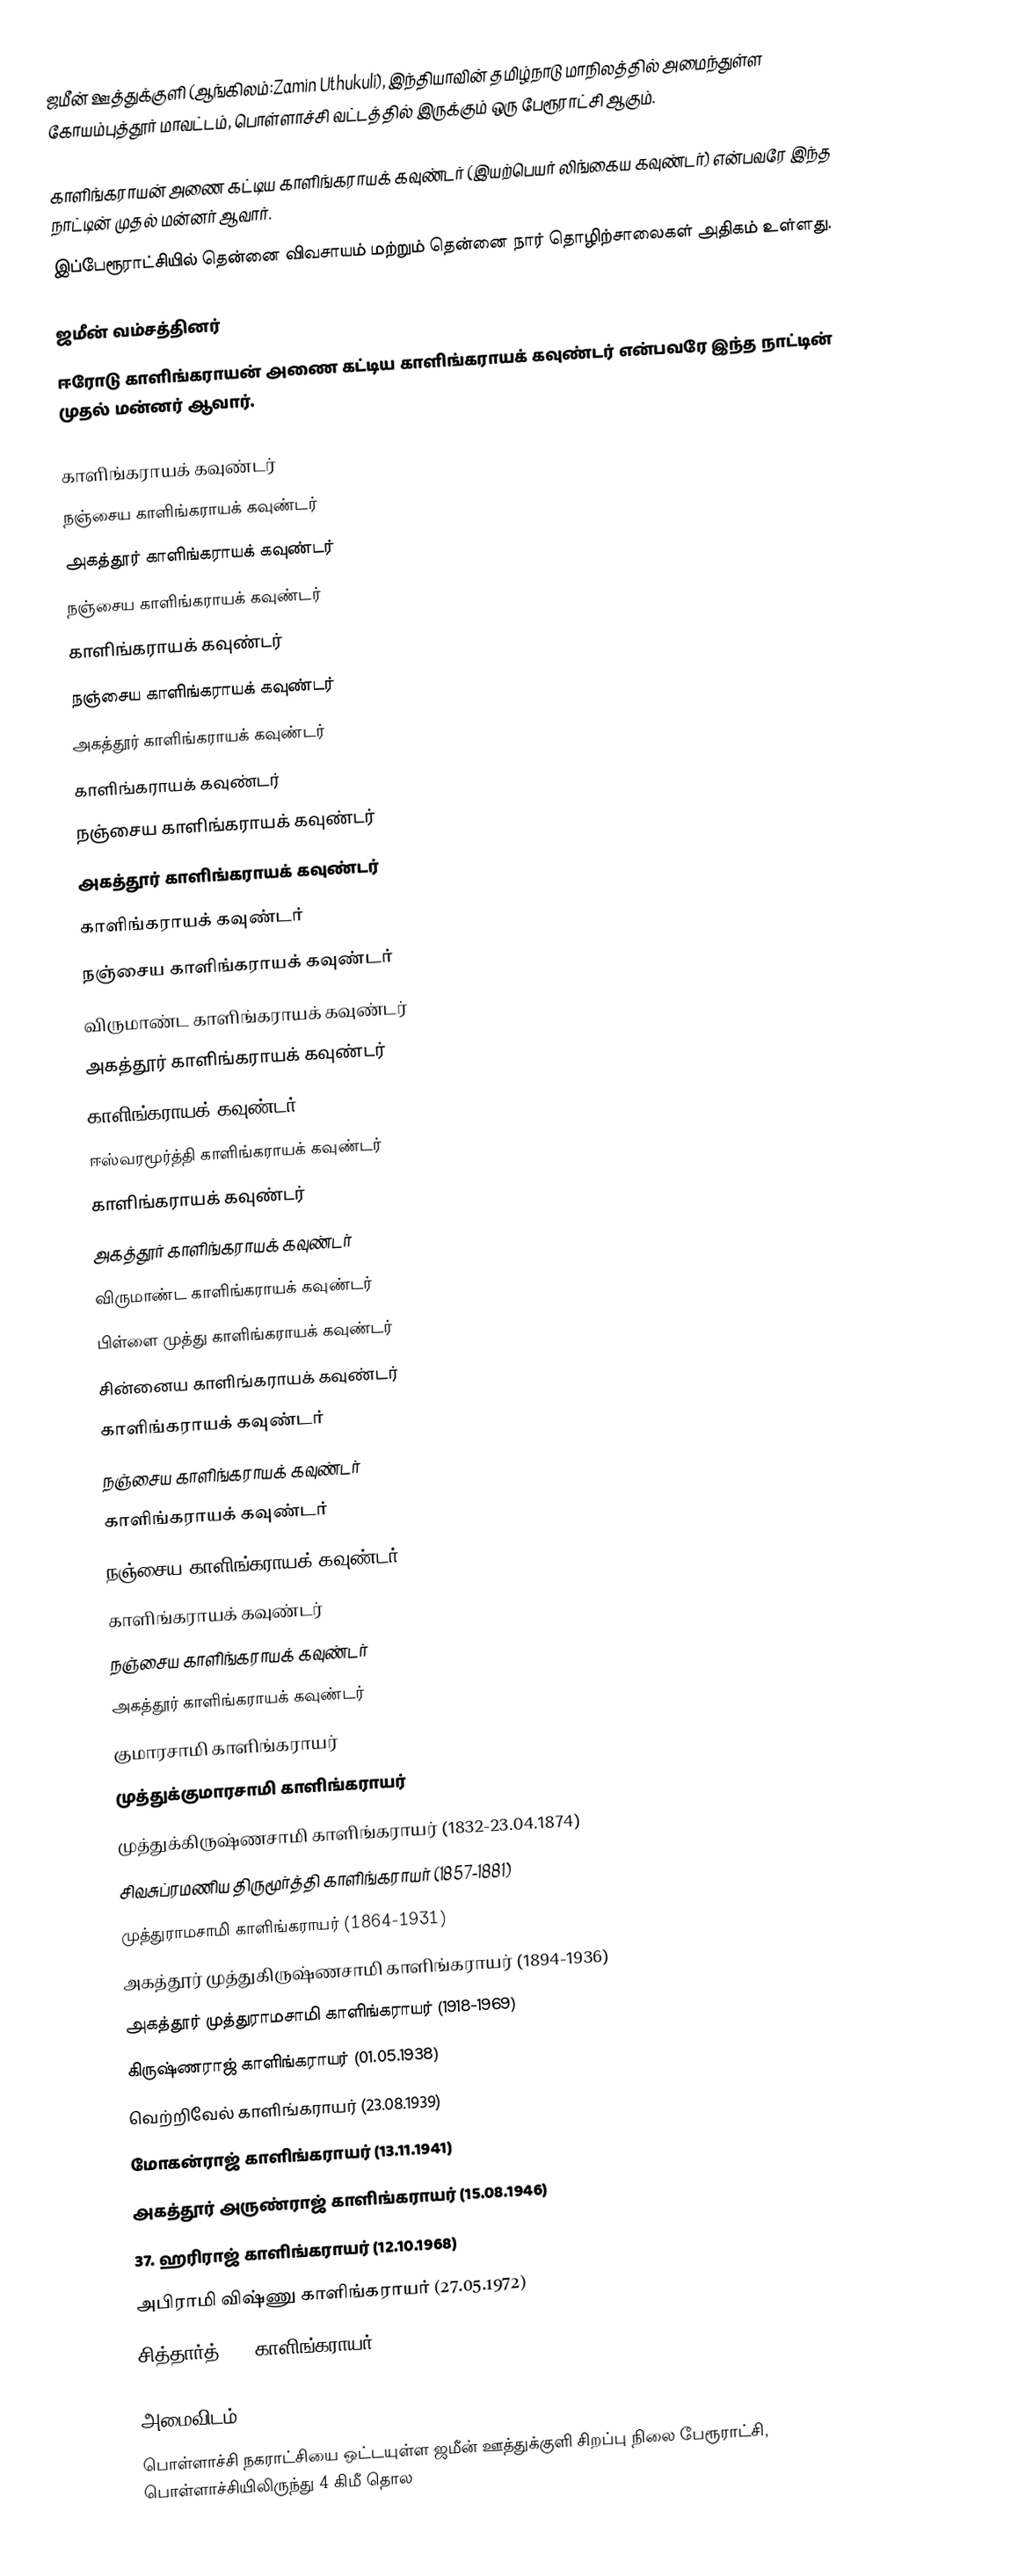
ஜமீன் ஊத்துக்குளி (ஆங்கிலம்:Zamin Uthukuli), இந்தியாவின் தமிழ்நாடு மாநிலத்தில் அமைந்துள்ள கோயம்புத்தூர் மாவட்டம், பொள்ளாச்சி வட்டத்தில் இருக்கும் ஒரு பேரூராட்சி ஆகும்.

காளிங்கராயன் அணை கட்டிய காளிங்கராயக் கவுண்டர் (இயற்பெயர் லிங்கைய கவுண்டர்) என்பவரே இந்த நாட்டின் முதல் மன்னர் ஆவார்.
இப்பேரூராட்சியில் தென்னை  விவசாயம் மற்றும் தென்னை நார் தொழிற்சாலைகள் அதிகம் உள்ளது.

ஜமீன் வம்சத்தினர்
ஈரோடு காளிங்கராயன் அணை கட்டிய காளிங்கராயக் கவுண்டர் என்பவரே இந்த நாட்டின் முதல் மன்னர் ஆவார்.

 காளிங்கராயக் கவுண்டர்
 நஞ்சைய காளிங்கராயக் கவுண்டர்
 அகத்தூர் காளிங்கராயக் கவுண்டர்
 நஞ்சைய காளிங்கராயக் கவுண்டர்
 காளிங்கராயக் கவுண்டர்
 நஞ்சைய காளிங்கராயக் கவுண்டர்
 அகத்தூர் காளிங்கராயக் கவுண்டர்
 காளிங்கராயக் கவுண்டர்
 நஞ்சைய  காளிங்கராயக் கவுண்டர்
 அகத்தூர் காளிங்கராயக் கவுண்டர்
 காளிங்கராயக் கவுண்டர்
 நஞ்சைய காளிங்கராயக் கவுண்டர்
 விருமாண்ட காளிங்கராயக் கவுண்டர்
 அகத்தூர் காளிங்கராயக் கவுண்டர்
 காளிங்கராயக் கவுண்டர்
 ஈஸ்வரமூர்த்தி காளிங்கராயக் கவுண்டர்
 காளிங்கராயக் கவுண்டர்
 அகத்தூர் காளிங்கராயக் கவுண்டர்
 விருமாண்ட காளிங்கராயக் கவுண்டர்
 பிள்ளை முத்து காளிங்கராயக் கவுண்டர்
 சின்னைய காளிங்கராயக் கவுண்டர்
 காளிங்கராயக் கவுண்டர்
 நஞ்சைய காளிங்கராயக் கவுண்டர்
 காளிங்கராயக் கவுண்டர்
 நஞ்சைய காளிங்கராயக் கவுண்டர்
 காளிங்கராயக் கவுண்டர்
 நஞ்சைய காளிங்கராயக் கவுண்டர்
 அகத்தூர் காளிங்கராயக் கவுண்டர்
 குமாரசாமி காளிங்கராயர்
 முத்துக்குமாரசாமி காளிங்கராயர்
 முத்துக்கிருஷ்ணசாமி காளிங்கராயர் (1832-23.04.1874)
 சிவசுப்ரமணிய திருமூர்த்தி காளிங்கராயர் (1857-1881)
 முத்துராமசாமி காளிங்கராயர் (1864-1931)
 அகத்தூர் முத்துகிருஷ்ணசாமி காளிங்கராயர் (1894-1936)
 அகத்தூர் முத்துராமசாமி காளிங்கராயர் (1918-1969)
 கிருஷ்ணராஜ் காளிங்கராயர் (01.05.1938)
 வெற்றிவேல் காளிங்கராயர் (23.08.1939)
 மோகன்ராஜ் காளிங்கராயர் (13.11.1941)
 அகத்தூர் அருண்ராஜ் காளிங்கராயர் (15.08.1946)
37. ஹரிராஜ் காளிங்கராயர் (12.10.1968)
 அபிராமி விஷ்ணு காளிங்கராயர் (27.05.1972)
 சித்தார்த் AMR காளிங்கராயர் (27.04.1974)

அமைவிடம்
பொள்ளாச்சி நகராட்சியை  ஒட்டயுள்ள ஜமீன் ஊத்துக்குளி சிறப்பு நிலை பேரூராட்சி, பொள்ளாச்சியிலிருந்து  4  கிமீ தொல